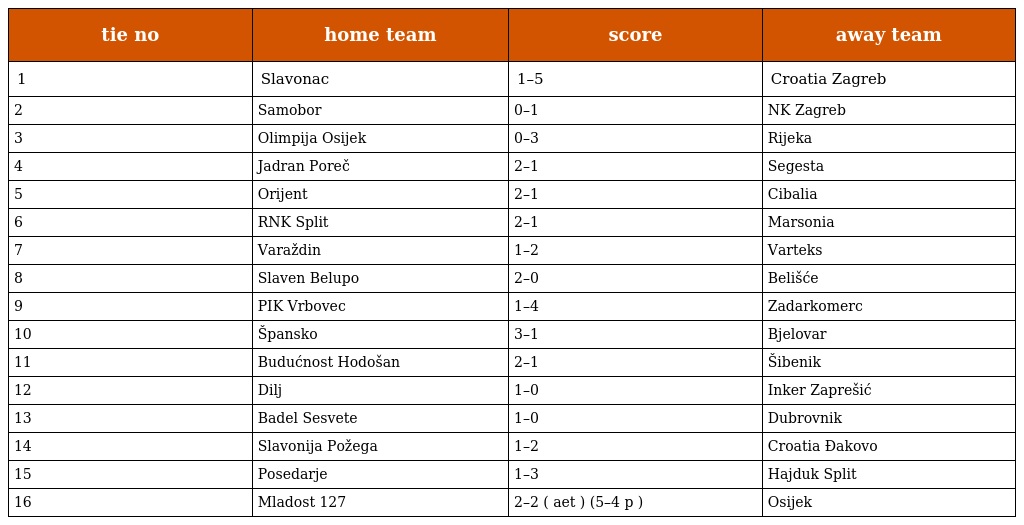
| tie no | home team | score | away team |
 | --- | --- | --- | --- |
 | 1 | Slavonac | 1–5 | Croatia Zagreb |
 | 2 | Samobor | 0–1 | NK Zagreb |
 | 3 | Olimpija Osijek | 0–3 | Rijeka |
 | 4 | Jadran Poreč | 2–1 | Segesta |
 | 5 | Orijent | 2–1 | Cibalia |
 | 6 | RNK Split | 2–1 | Marsonia |
 | 7 | Varaždin | 1–2 | Varteks |
 | 8 | Slaven Belupo | 2–0 | Belišće |
 | 9 | PIK Vrbovec | 1–4 | Zadarkomerc |
 | 10 | Špansko | 3–1 | Bjelovar |
 | 11 | Budućnost Hodošan | 2–1 | Šibenik |
 | 12 | Dilj | 1–0 | Inker Zaprešić |
 | 13 | Badel Sesvete | 1–0 | Dubrovnik |
 | 14 | Slavonija Požega | 1–2 | Croatia Đakovo |
 | 15 | Posedarje | 1–3 | Hajduk Split |
 | 16 | Mladost 127 | 2–2 ( aet ) (5–4 p ) | Osijek |